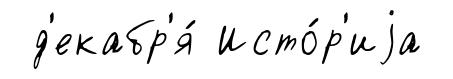
д'екабр'я́ Исто́р'иjа